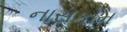
નાસકોમ